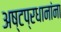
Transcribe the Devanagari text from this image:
अष्टप्रधानांना